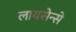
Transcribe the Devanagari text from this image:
लायसेन्से